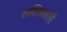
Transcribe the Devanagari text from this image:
शक्‍तिकाली